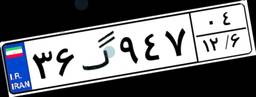
۳۶گ۹۴۷۰۴